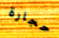
حجارة